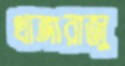
থাঙ্গারাজু